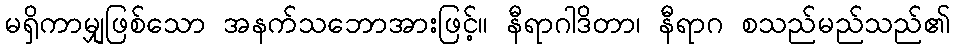
မရှိကာမျှဖြစ်သော အနက်သဘောအားဖြင့်။ နီရာဂါဒိတာ၊ နီရာဂ စသည်မည်သည်၏